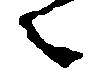
々